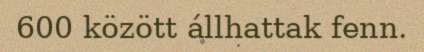
600 között állhattak fenn.